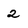
Character: 2